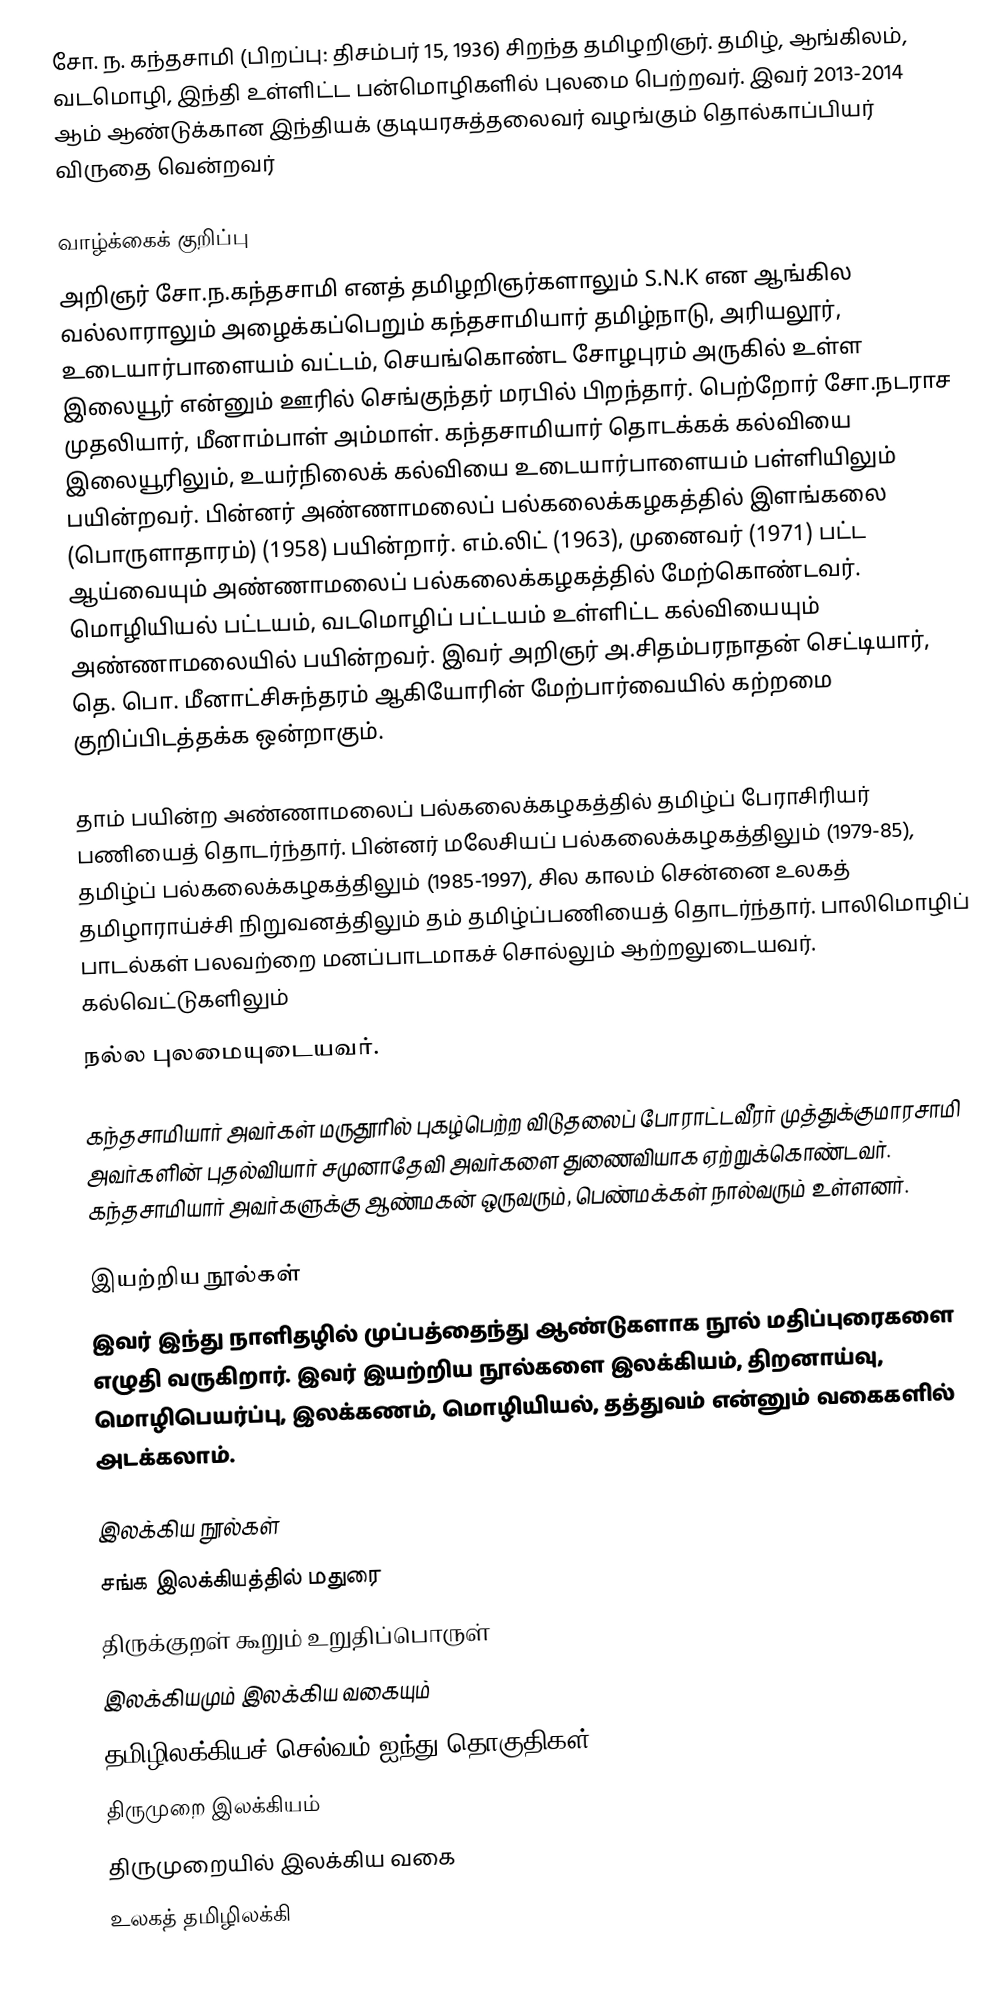
சோ. ந. கந்தசாமி (பிறப்பு: திசம்பர் 15, 1936) சிறந்த தமிழறிஞர். தமிழ், ஆங்கிலம், வடமொழி, இந்தி உள்ளிட்ட பன்மொழிகளில் புலமை பெற்றவர். இவர் 2013-2014 ஆம் ஆண்டுக்கான இந்தியக் குடியரசுத்தலைவர் வழங்கும் தொல்காப்பியர் விருதை வென்றவர்

வாழ்க்கைக் குறிப்பு
அறிஞர் சோ.ந.கந்தசாமி எனத் தமிழறிஞர்களாலும் S.N.K என ஆங்கில வல்லாராலும் அழைக்கப்பெறும் கந்தசாமியார் தமிழ்நாடு, அரியலூர், உடையார்பாளையம் வட்டம், செயங்கொண்ட சோழபுரம் அருகில் உள்ள இலையூர் என்னும் ஊரில் செங்குந்தர் மரபில் பிறந்தார். பெற்றோர் சோ.நடராச முதலியார், மீனாம்பாள் அம்மாள். கந்தசாமியார் தொடக்கக் கல்வியை இலையூரிலும், உயர்நிலைக் கல்வியை உடையார்பாளையம் பள்ளியிலும் பயின்றவர். பின்னர் அண்ணாமலைப் பல்கலைக்கழகத்தில் இளங்கலை (பொருளாதாரம்) (1958) பயின்றார். எம்.லிட் (1963), முனைவர் (1971) பட்ட ஆய்வையும் அண்ணாமலைப் பல்கலைக்கழகத்தில் மேற்கொண்டவர். மொழியியல் பட்டயம், வடமொழிப் பட்டயம் உள்ளிட்ட கல்வியையும் அண்ணாமலையில் பயின்றவர். இவர் அறிஞர் அ.சிதம்பரநாதன் செட்டியார், தெ. பொ. மீனாட்சிசுந்தரம் ஆகியோரின் மேற்பார்வையில் கற்றமை குறிப்பிடத்தக்க ஒன்றாகும்.

தாம் பயின்ற அண்ணாமலைப் பல்கலைக்கழகத்தில் தமிழ்ப் பேராசிரியர் பணியைத் தொடர்ந்தார். பின்னர் மலேசியப் பல்கலைக்கழகத்திலும் (1979-85), தமிழ்ப் பல்கலைக்கழகத்திலும் (1985-1997), சில காலம் சென்னை உலகத் தமிழாராய்ச்சி நிறுவனத்திலும் தம் தமிழ்ப்பணியைத் தொடர்ந்தார். பாலிமொழிப் பாடல்கள் பலவற்றை மனப்பாடமாகச் சொல்லும் ஆற்றலுடையவர். கல்வெட்டுகளிலும்
நல்ல புலமையுடையவர்.

கந்தசாமியார் அவர்கள் மருதூரில் புகழ்பெற்ற விடுதலைப் போராட்டவீரர் முத்துக்குமாரசாமி அவர்களின் புதல்வியார் சமுனாதேவி அவர்களை துணைவியாக ஏற்றுக்கொண்டவர். கந்தசாமியார் அவர்களுக்கு ஆண்மகன் ஒருவரும், பெண்மக்கள் நால்வரும் உள்ளனர்.

இயற்றிய நூல்கள்
இவர் இந்து நாளிதழில் முப்பத்தைந்து ஆண்டுகளாக நூல் மதிப்புரைகளை எழுதி வருகிறார். இவர் இயற்றிய நூல்களை இலக்கியம், திறனாய்வு, மொழிபெயர்ப்பு, இலக்கணம், மொழியியல், தத்துவம் என்னும் வகைகளில் அடக்கலாம்.

இலக்கிய நூல்கள்
 சங்க இலக்கியத்தில் மதுரை
 திருக்குறள் கூறும் உறுதிப்பொருள்
 இலக்கியமும் இலக்கிய வகையும்
 தமிழிலக்கியச் செல்வம்(ஐந்து தொகுதிகள்)
 திருமுறை இலக்கியம்
 திருமுறையில் இலக்கிய வகை
 உலகத் தமிழிலக்கி